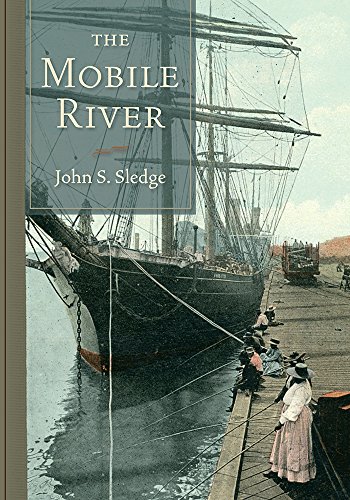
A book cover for The Mobile River; John S. Sledge; Science & Math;